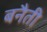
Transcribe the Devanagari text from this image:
बनैती